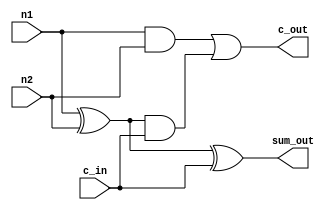
module FullAdder_s(sum_out, c_out, n1, n2, c_in);

    output sum_out, c_out; 

    input n1, n2, c_in;
    
    wire sum1, c1, c2; // setting up in/out

    xor(sum1, n1, n2);
    xor(sum_out, sum1, c_in); // sum logic

    and(c1, n1, n2); 
    and(c2, sum1, c_in); 
    or(c_out, c1, c2); //carry logic 
    

//this is single bit full adder
   
endmodule